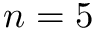
n = 5